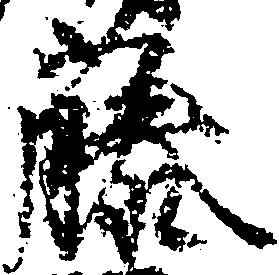
藤